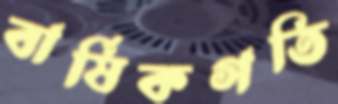
বার্ষিকগতি